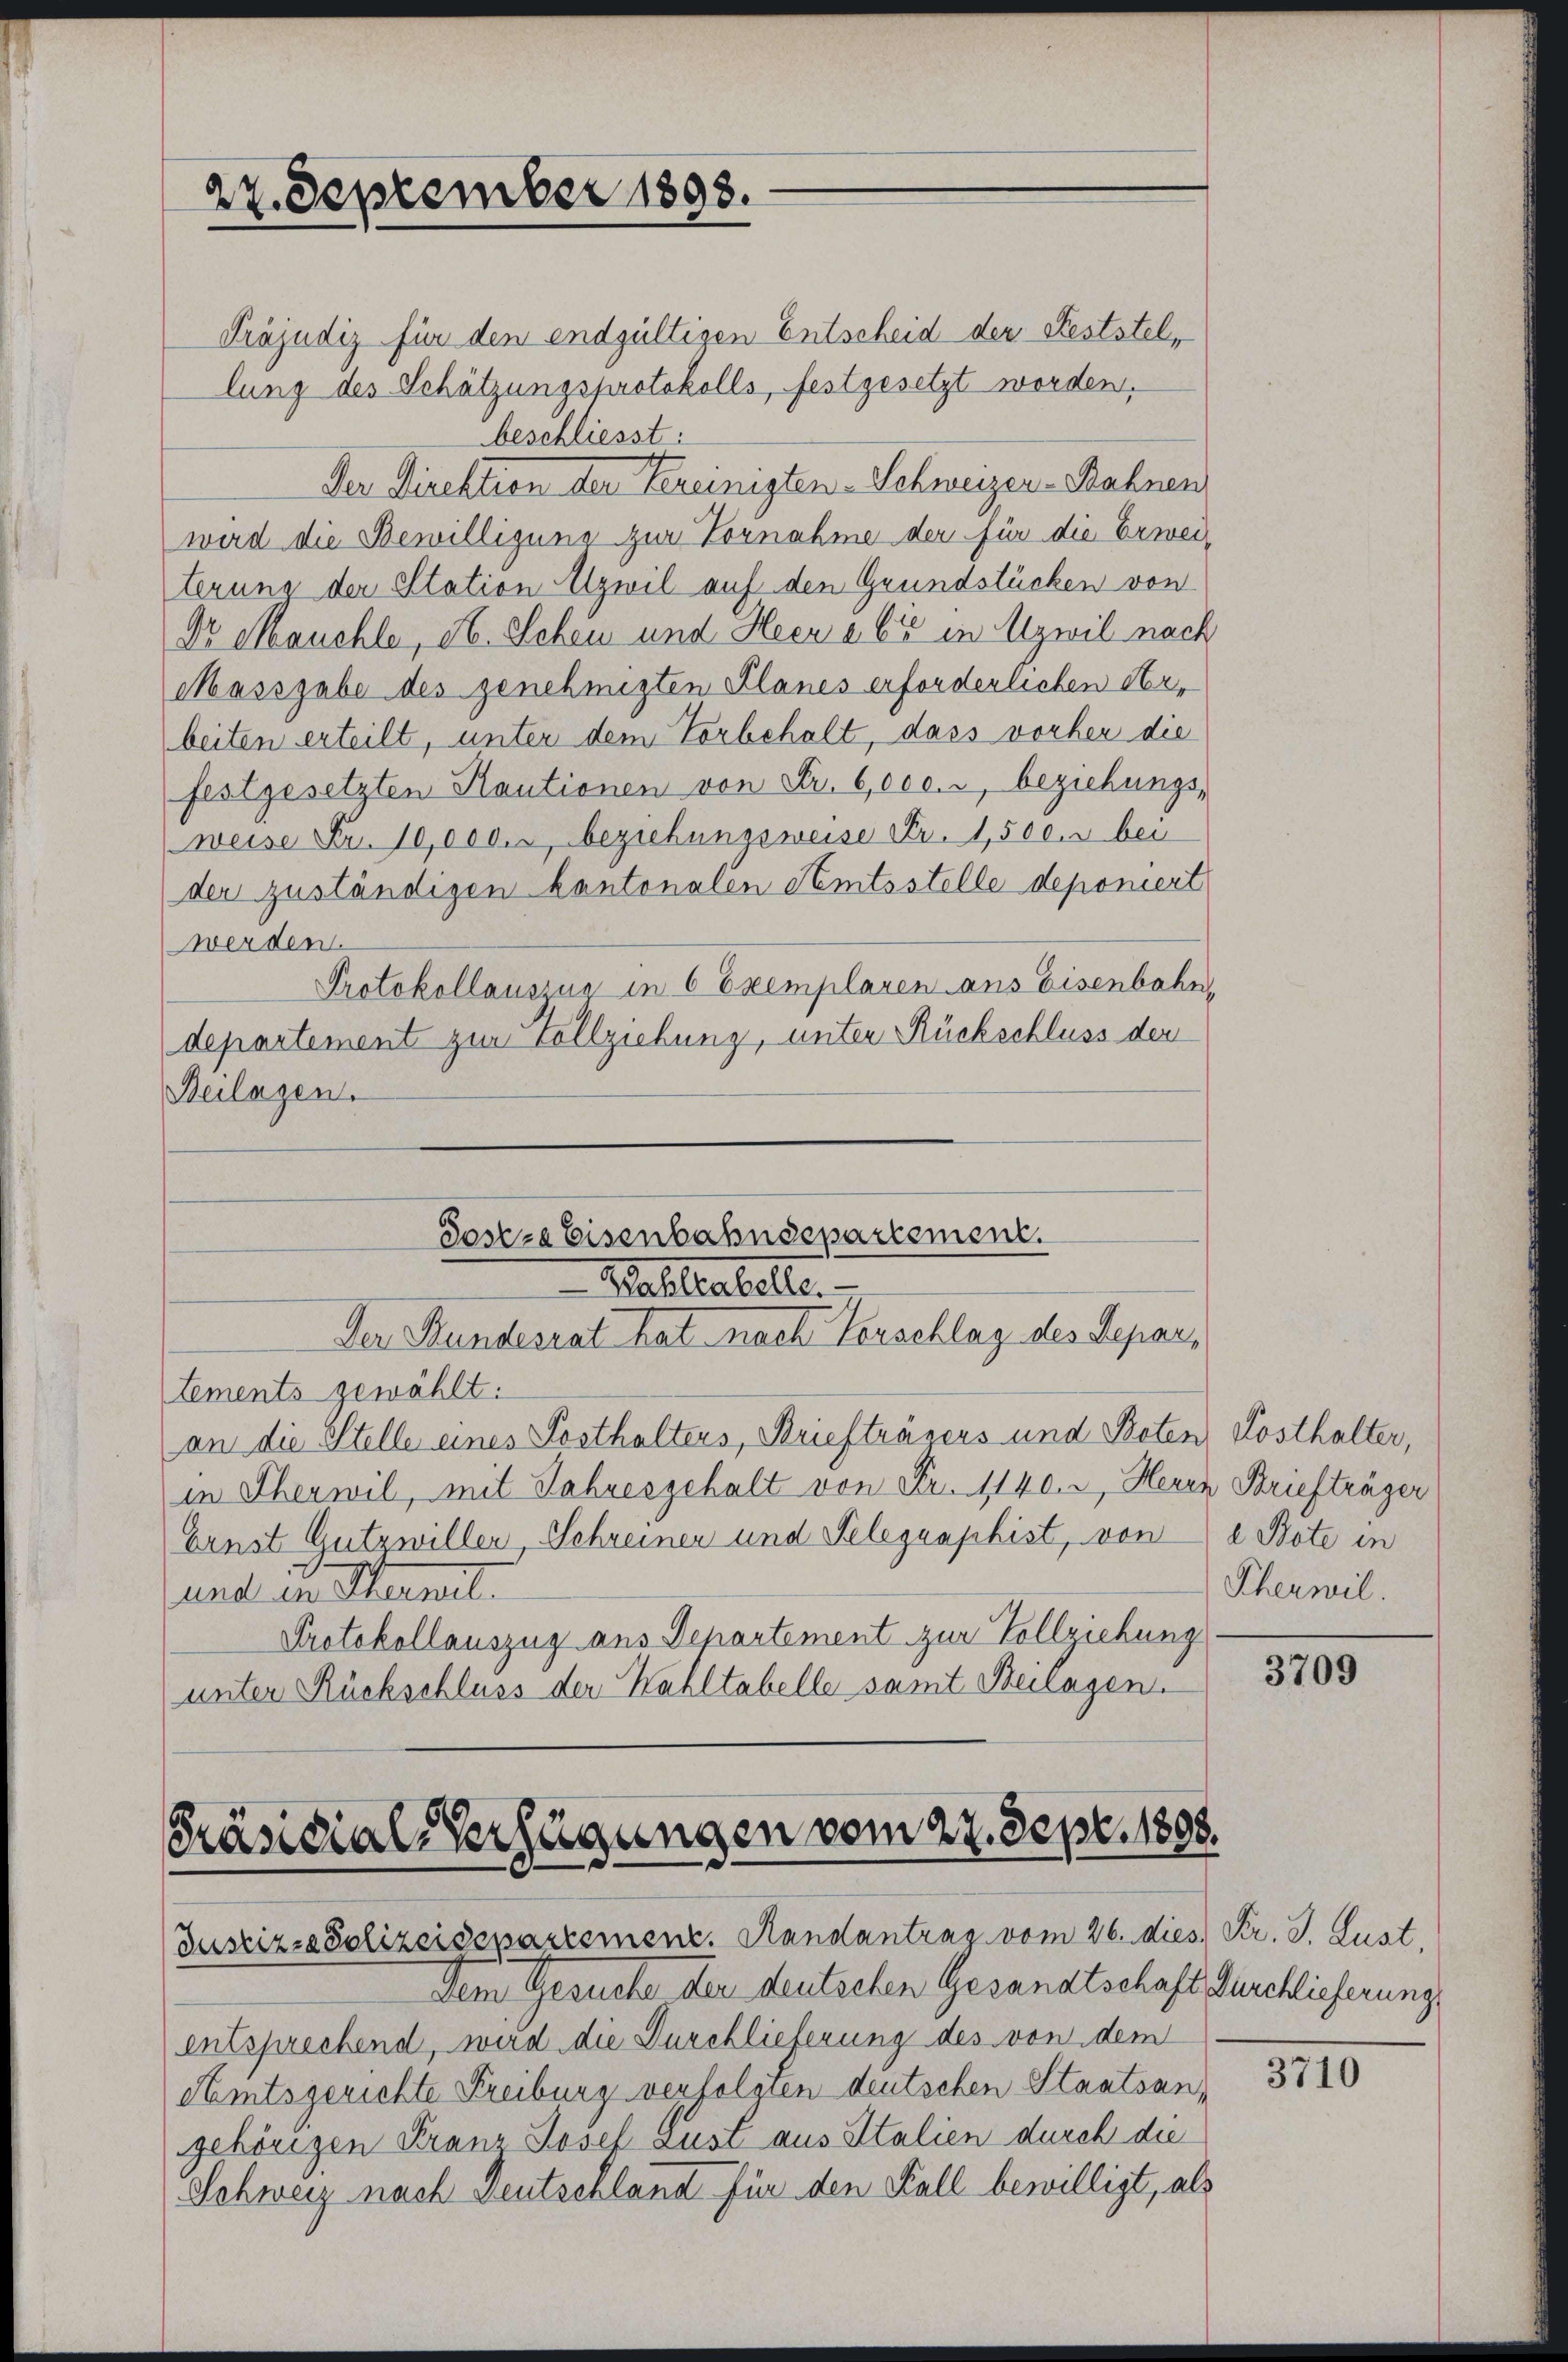
27. September 1893.

Präjudiz für den endgültigen Entscheid der Feststellung des Schätzungsprotokolls, festgesetzt worden.
beschliesst.
Der Direktion der Vereinigten-Schweizer-Bahnen
wird die Bewilligung zur Vornahme der für die Erwei-
terung der Station Itzwil auf den Grundstücken von
Dr Mauchle, ab. Schen und Heer a 65 in Uzwil nach
Massgabe des genehmigten Planes erforderlichen Herbeiten erteilt, unter dem Vorbehalt, dass vorher die
festgesetzten Kautionen von Fr. 6000., beziehungs-
weise Fr. 10,000. beziehungsweise Fr. 1,500. r bei
der zuständigen kantonalen Amtsstelle deponiert
werden.
Protokollaussus in 6 Exemplaren aus Eisenbahn,
departement zur Vollziehung, unter Rückschluss der
Beilagen.

Soseze Eisenbahnsepartement.
Wohltatelle.
Der Stundesrat hat nach Vorschlag des Separ¬

tements gewählt:
an die Stelle eines Posthalters, Briefträsers und Beten, Kosthalter,
in Therwil, mit Jahresgehalt von Fr. 1140. u Herrn Briefträger
Ernst Gutzwiller Schreiner und Telegraphist, von e Bote in
und in Sternet.
Protokollauszug aus Departement zur Vollziehung
unter Rückschluss der Wahltabelle samt Beilagen.

Präsidial-Verfügungen vom 27. Sept. 1808.
Justiz-Polizeidepartement. Randantrag vom 26. dies Fr. J. Gust.

Dem Gesuche der deutschen Gesandtschaft durchlicherung
entsprechend, wird die Durchlieferung des von dem
Amtsgerichte Freiburg verfolgten deutschen Staatsangehörigen Franz Josef aust aus Italien durch die
Schweiz nach Deutschland für den Fall bewilligt, als

Scherwil.

3709

3710